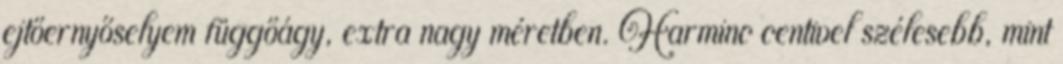
ejtőernyőselyem függőágy, extra nagy méretben. Harminc centivel szélesebb, mint